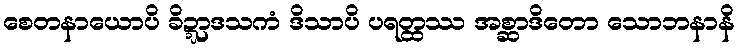
စေတနာယောပိ ခိဍ္ဍာဒသကံ ဒိသာပိ ပရတ္ထဿ အစ္ဆာဒိတော သောဘနာနိ